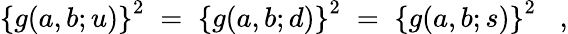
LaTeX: \left\{ g(a,b;u)\right\} ^{2}\; =\; \left\{ g(a,b;d)\right\} ^{2}\; =\; \left\{ g(a,b;s)\right\} ^{2}\; \; \; ,